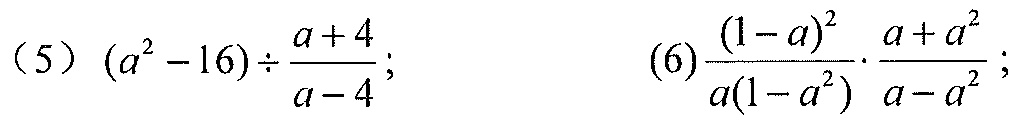
(5) \((a^{2}-16)\div\frac{a + 4}{a - 4}\);  (6) \(\frac{(1 - a)^{2}}{a(1 - a^{2})}\cdot\frac{a + a^{2}}{a - a^{2}}\);